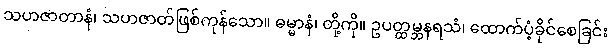
သဟဇာတာနံ၊ သဟဇာတ်ဖြစ်ကုန်သော။ ဓမ္မာနံ၊ တို့ကို။ ဥပတ္ထမ္ဘနရသံ၊ ထောက်ပံ့ခိုင်စေခြင်း